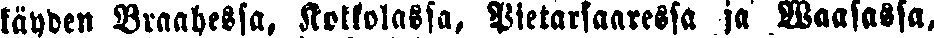
käyden Braahessa, Kokkolassa, Pietaisaaressa ja Waasassa,